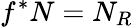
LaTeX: f^{*}N=N_{R}